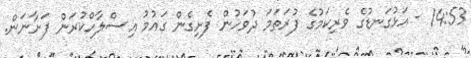
14:53 - އަޅުގަނޑުގެ ވެރިކަމުގެ ފުރަތަމަ ދުވަހުން ފެށިގެން ގައުމު އިސްލާހްކުރަން ފަށާނަން.